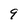
Character: 9